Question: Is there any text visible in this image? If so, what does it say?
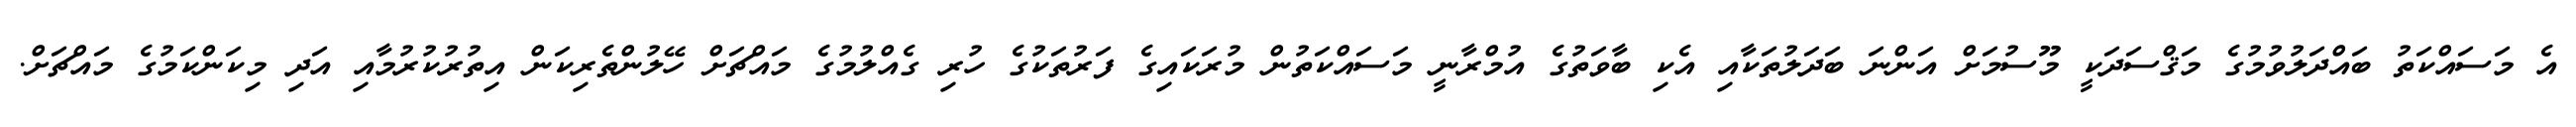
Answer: އެ މަސައްކަތު ބައްދަލުވުމުގެ މަޤްސަދަކީ މޫސުމަށް އަންނަ ބަދަލުތަކާއި އެކި ބާވަތުގެ އުމްރާނީ މަސައްކަތުން މުރަކައިގެ ފަރުތަކުގެ ހުރި ގެއްލުމުގެ މައްޗަށް ހޭލުންތެރިކަން އިތުރުކުރުމާއި އަދި މިކަންކަމުގެ މައްޗަށް.